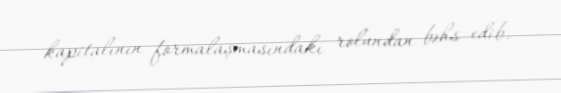
kapitalının formalaşmasındakı rolundan bəhs edib.